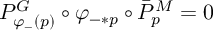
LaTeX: P _ { \varphi _ { - } ( p ) } ^ { G } \circ \varphi _ { - * p } \circ \bar { P } _ { p } ^ { M } = 0